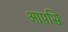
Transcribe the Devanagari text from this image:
आपसि